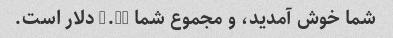
شما خوش آمدید، و مجموع شما 5.48 دلار است.